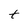
Character: t